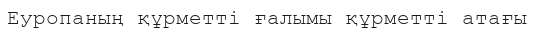
Еуропаның құрметті ғалымы құрметті атағы